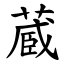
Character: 蔵